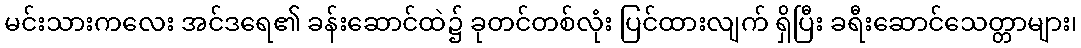
မင်းသားကလေး အင်ဒရေ၏ ခန်းဆောင်ထဲ၌ ခုတင်တစ်လုံး ပြင်ထားလျက် ရှိပြီး ခရီးဆောင်သေတ္တာများ၊